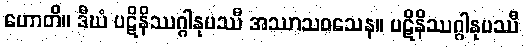
ဟောတိ။ ဒီဃံ ပဋိနိဿဂ္ဂါနုပဿီ အဿာသဝသေန။ ပဋိနိဿဂ္ဂါနုပဿီ